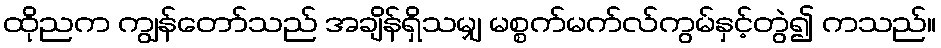
ထိုညက ကျွန်တော်သည် အချိန်ရှိသမျှ မစ္စက်မက်လ်ကွမ်နှင့်တွဲ၍ ကသည်။